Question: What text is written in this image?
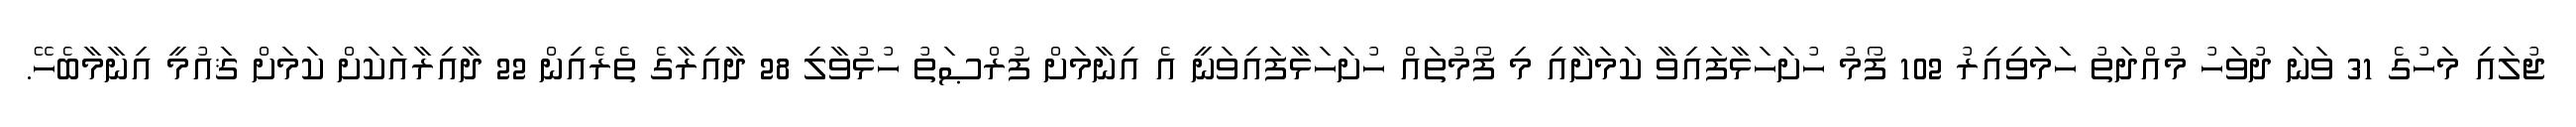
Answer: ޖުލައި މަހުގެ 31 ވަނަ ދުވަހު މުއްދަތު ހަމަވިއިރު 102 ފޯމު ހުށަހަޅާފައިވާ ކަމަށާއި މި ފޯމުތައް ހުށަހަޅާފައިވަނީ އެ އިނާމަށް ފުރްޞަތު ހުޅުވާލި 28 ދާއިރާގެ ތެރެއިން 22 ދާއިރާއަކަށް ކަމަށް ޤައުމީ އިނާމާބެހޭ.